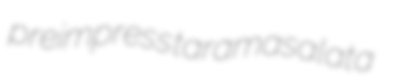
preimpress taramasalata